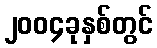
၂၀၀၄ခုနှစ်တွင်